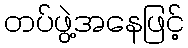
တပ်ဖွဲ့အနေဖြင့်